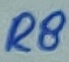
Text: R8